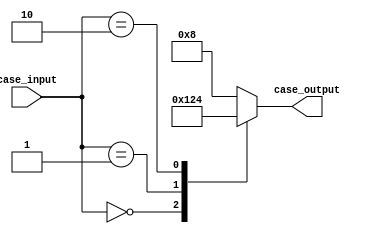
module case_statement_example(
    input [1:0] case_input,
    output reg [3:0] case_output
);

initial begin
    case(case_input)
        2'd0: case_output = 4'b0001; // if case_input is 2'b00, set case_output to 4'b0001
        2'd1: case_output = 4'b0010; // if case_input is 2'b01, set case_output to 4'b0010
        2'd2: case_output = 4'b0100; // if case_input is 2'b10, set case_output to 4'b0100
        default: case_output = 4'b1000; // if case_input does not match any of the above cases, set case_output to 4'b1000
    endcase
end

endmodule